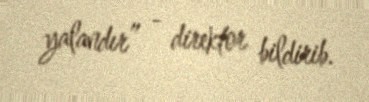
yalandır” - direktor bildirib.